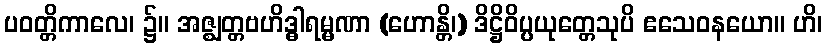
ပဝတ္တိကာလေ၊ ၌။ အဇ္ဈတ္တဗဟိဒ္ဓါရမ္မဏာ (ဟောန္တိ၊) ဒိဋ္ဌိဝိပ္ပယုတ္တေသုပိ ဧသေဝနယော။ ဟိ၊